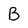
Character: B